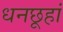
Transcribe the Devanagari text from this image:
धनछूहां